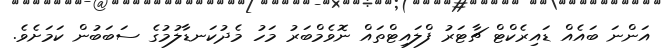
އަންނަ ބައެއް ޑައިރެކްޓް ޗާޓަރު ފްލައިޓްތައް ނޮވެމްބަރު މަހު މެދުކަނޑާލުމުގެ ސަބަބުން ކަމަށެވެ.